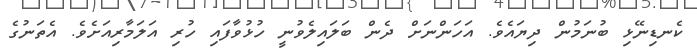
ކެނޑިނޭޅި ބުނަމުން ދިޔައެވެ. އަހަންނަށް ދެން ބަލައިލެވުނީ ހުޅުވާފައި ހުރި އަލަމާރިއަށެވެ. އެތަނުގެ